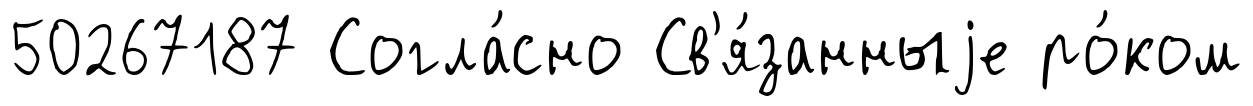
50267187 Согла́сно Св'я́занныjе ро́ком